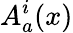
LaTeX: A_{a}^{i}(x)